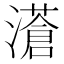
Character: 濸